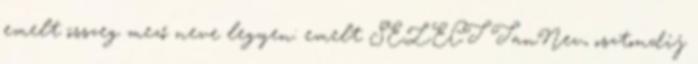
emelt összeg mező neve legyen: emelt SELECT TanNev, osztondij